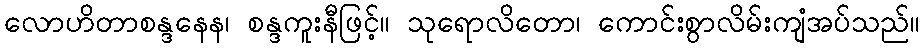
လောဟိတာစန္ဒနေန၊ စန္ဒကူးနီဖြင့်။ သုရောလိတော၊ ကောင်းစွာလိမ်းကျံအပ်သည်။